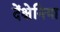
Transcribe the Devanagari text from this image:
देंक्षेनिया